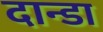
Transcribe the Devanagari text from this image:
दान्डा